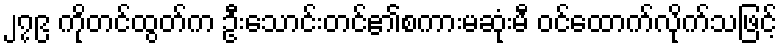
၂၇၉ ကိုတင်ထွတ်က ဦးသောင်းတင်၏စကားမဆုံးမီ ဝင်ထောက်လိုက်သဖြင့်